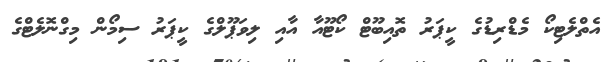
އެތްލެޓިކޯ މެޑްރިޑުގެ ކީޕަރު ތޮއިބޫޓް ކޯޓޫއާ އާއި ލިވަޕޫލްގެ ކީޕަރު ސިމޯން މިގްނޮލެޓްގެ